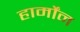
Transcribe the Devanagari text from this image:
हार्मोंन